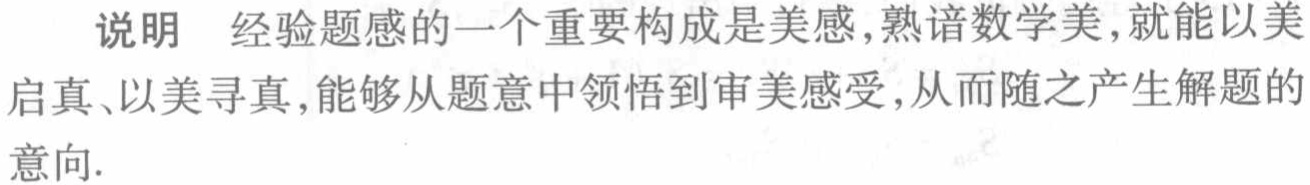
说明 经验题感的一个重要构成是美感,熟谙数学美,就能以美启真、以美寻真,能够从题意中领悟到审美感受,从而随之产生解题的意向.